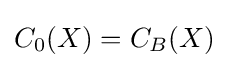
C_{0}(X)=C_{B}(X)